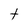
Character: t